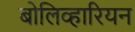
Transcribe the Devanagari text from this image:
बोलिव्हारियन